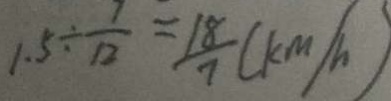
1 . 5 \div \frac { 7 } { 1 2 } = \frac { 1 8 } { 7 } ( k m / h )